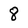
Character: 8